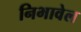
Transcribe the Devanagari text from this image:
निभावेल